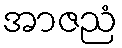
အာဇညံ